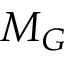
M _ { G }